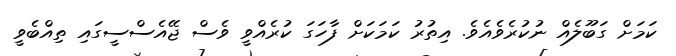
ކަމަށް ގަބޫލެއް ނުކުރެވެއެވެ. އިތުރު ކަމަކަށް ފާހަގަ ކުރެއްވީ ވެސް ޖޭއެސްސީގައި ތިއްބެވީ